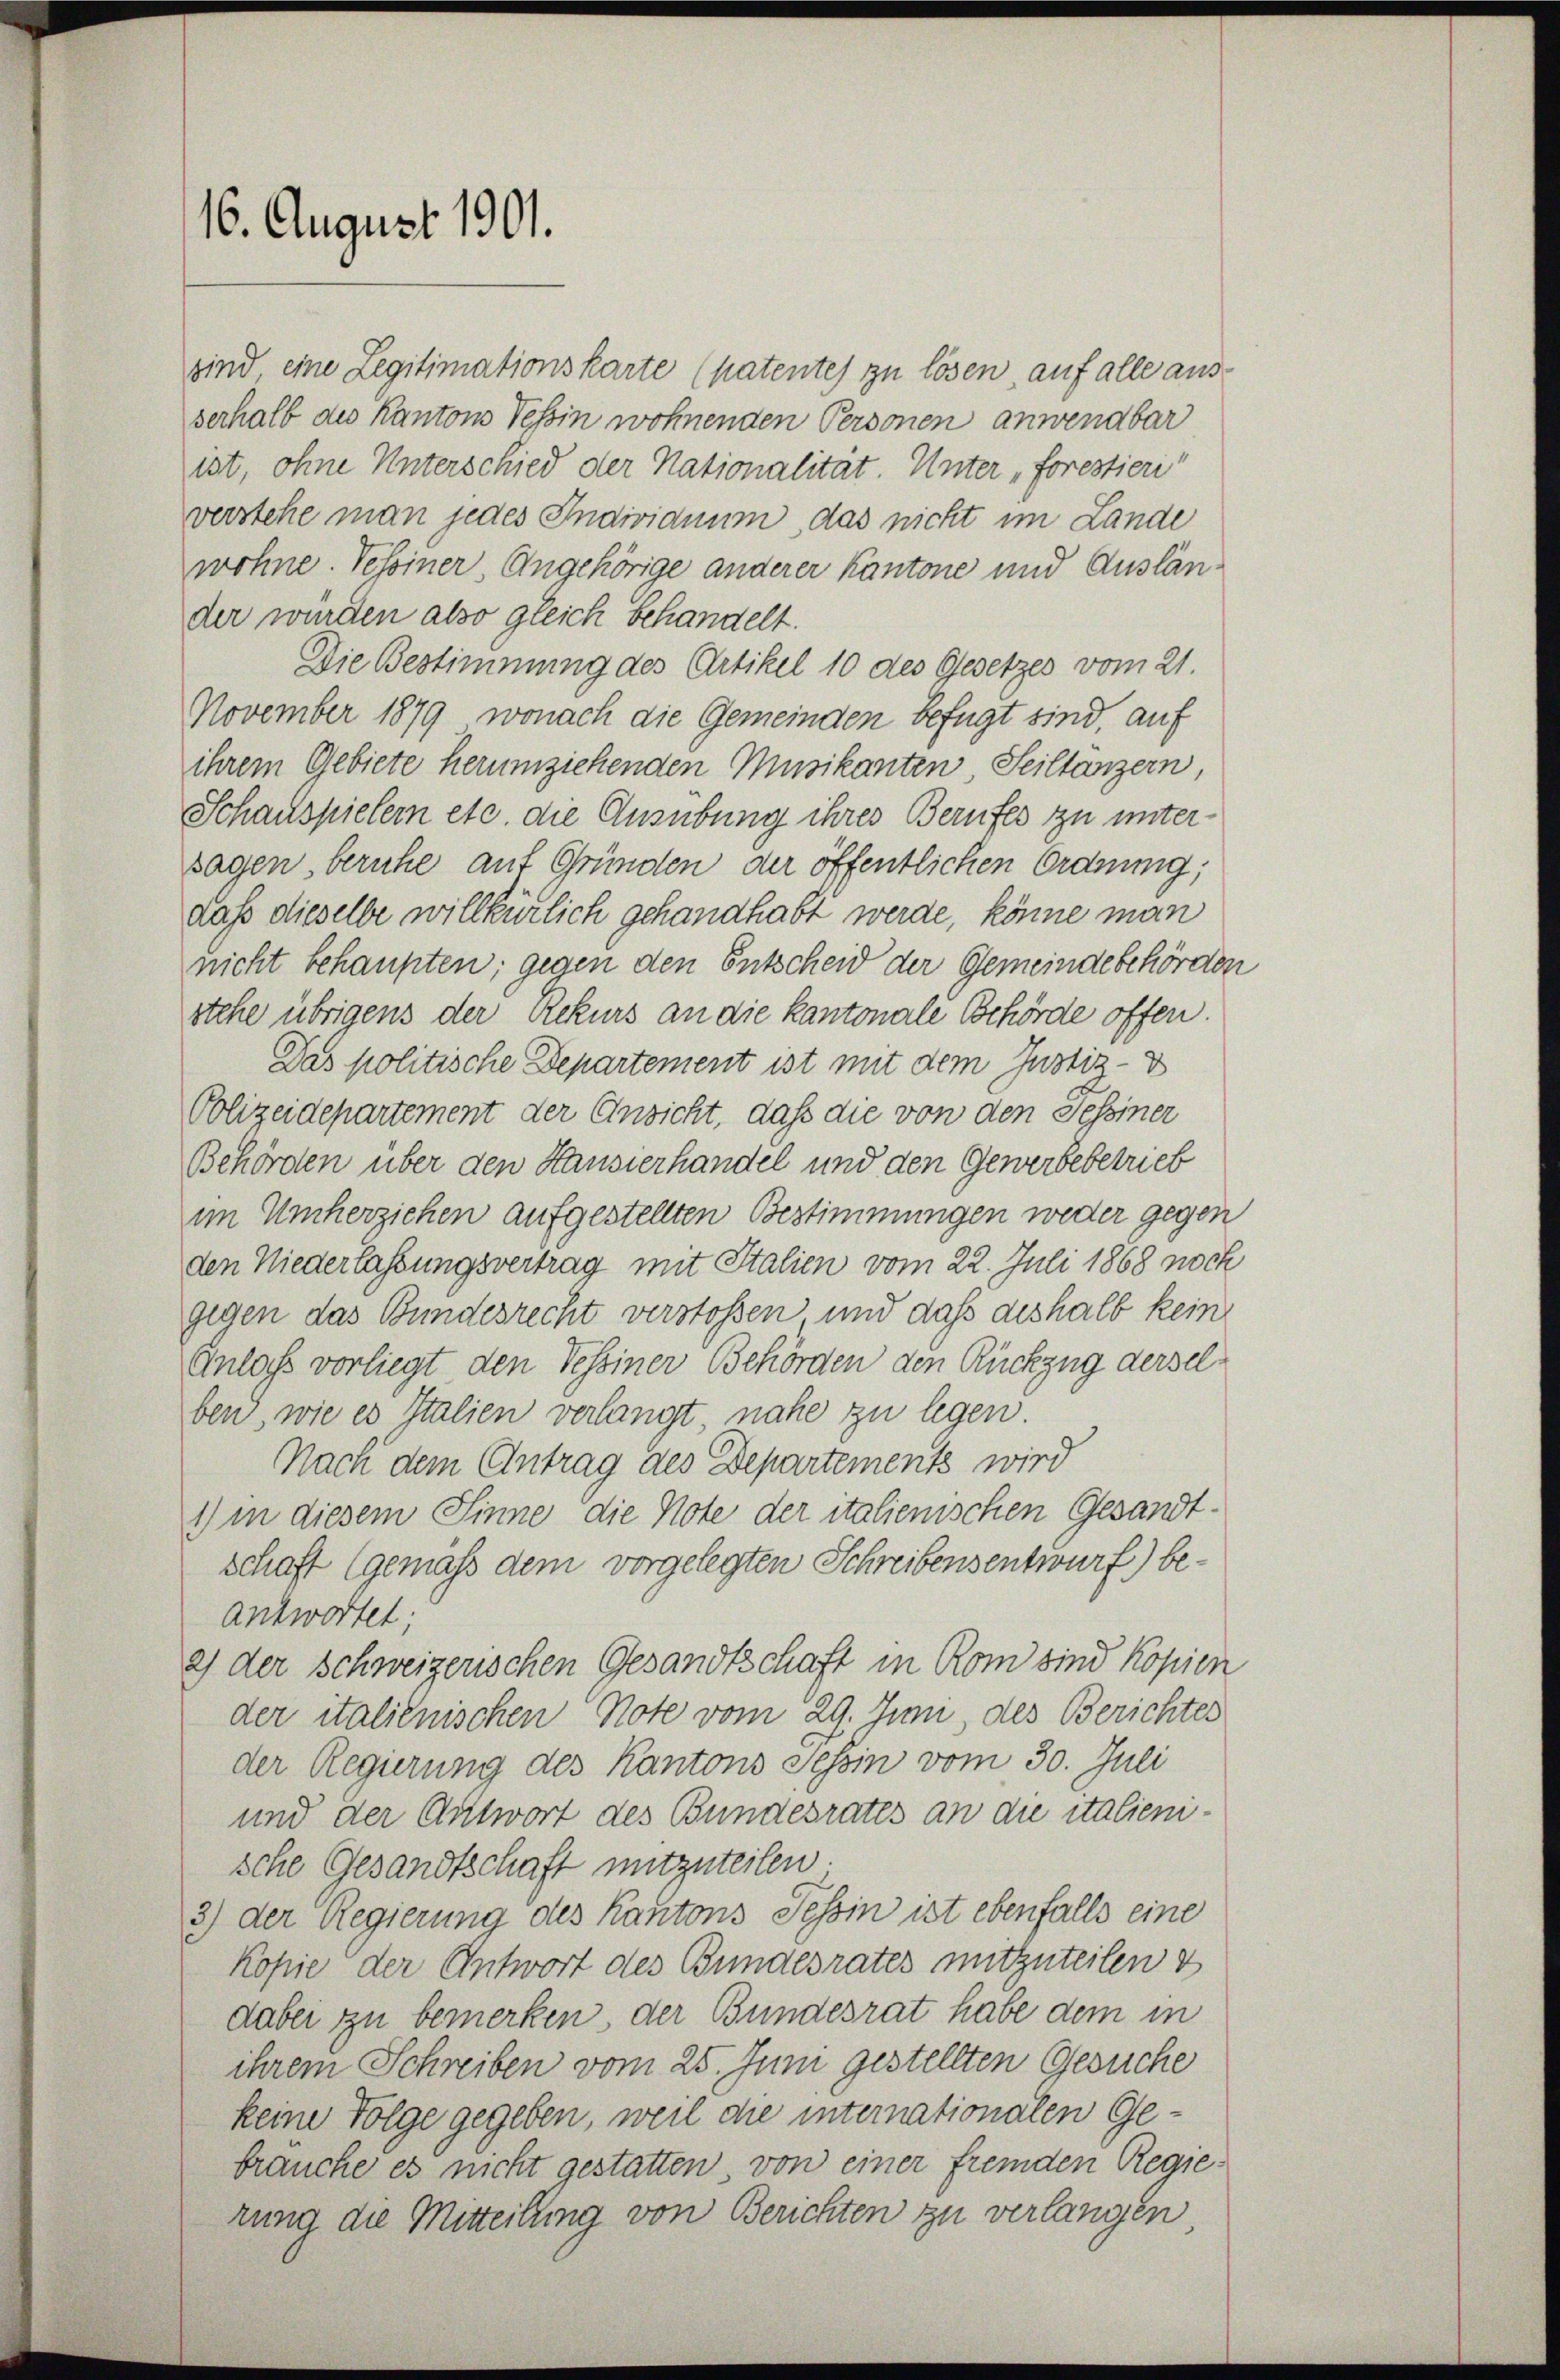
16. August 1901.

sind, eine Legitimationskarte (patentes zu lösen, auf alle ausserhalb die Kantons Tessin wohnenden Personen anwendbar
ist, ohne Unterschied der Nationalität. Unter „Forestieri
verstehe man jedes Individuum, das nicht im Lande
wohne. Vehoiner, Angehörige anderer Kantone und Ausländer würden also gleich behandelt.
Die Bestimmung des Artikel 10 des Gesetzes vom 21.
November 1879, wonach die Gemeinden befugt sind, auf
ihrem Gebiete herumziehenden Musikanten Sciltanzern
Schauspielern etc. die Ausübung ihres Berufes zu untersagen beruhe auf Gründen der öffentlichen Ordnung,
daß dieselbe willkürlich gehandhabt werde, könne man
nicht behaupten; gegen den Entscheid der Gemeindebehörder
stehe übrigens der Rekurs an die kantonale Behörde offen.
Das politische Departement ist mit dem Justiz-D
Polizeidepartement der Ansicht, daß die von den Tessiner
Behörden über den Hausierhandel und den Gewerbebetrieb
im Umherzichen aufgestellten Bestimmungen weder gegen
den Niederlassungsvertrag mit Italien vom 22. Juli 1868 noch
gegen das Bundesrecht verstoßen und dass deshalb kein
Anlass vorliegt den Tessiner Behörden den Rückzug derselben, wie es Italien verlangt, nahe zu legen.
Nach dem Antrag des Departements wird
1) in diesem Sinne die Note der italienischen Gesandtschaft (gemäß dem vorgelegten Schreibensentwurf) beantwortet,
2) der Schweizerischen Gesandtschaft in Rom sind Kopien
der italienischen Note vom 29. Juni, des Berichtes
der Regierung des Kantons Tessin vom 30. Juli
und der Antwort des Bundesrates an die italienische Gesandtschaft mitzuteilen.
3) der Regierung des Kantons Tessin ist ebenfalls eine
Kopie der Antwort des Bundesrates mitzuteilen z
dabei zu bemerken, der Bundesrat habe dem in
ihrem Schreiben vom 25. Juni gestellten Gesuche
keine Folge gegeben, weil die internationalen Gebrauche es nicht gestatten, von einer fremden Regierung die Mitteilung von Berichten zu verlangen